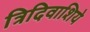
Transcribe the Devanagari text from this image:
त्रिदिवाशिये